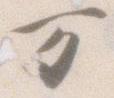
万